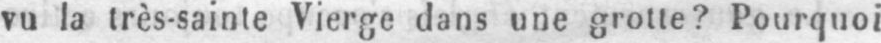
vu la très-sainte Vierge dans une grotte? Pourquoi